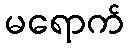
မရောက်